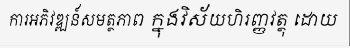
ការអភិវឌ្ឍន៍សមត្ថភាព ក្នុងវិស័យហិរញ្ញវត្ថុ ដោយ